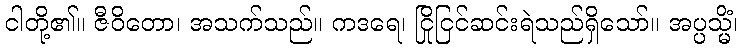
ငါတို့၏။ ဇီဝိတော၊ အသက်သည်။ ကဒရေ၊ ငြိုငြင်ဆင်းရဲသည်ရှိသော်။ အပ္ပသ္မိံ၊